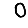
Digit: 0